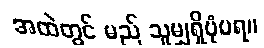
အထဲတွင် မည် သူမျှရှိပုံမရ။